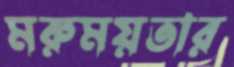
মরুময়তার